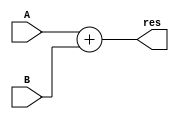
`timescale 1ns / 1ps
//////////////////////////////////////////////////////////////////////////////////
// Company: 
// Engineer: 
// 
// Design Name: 
// Module Name:    adder_32 
// Project Name: 
// Target Devices: 
// Tool versions: 
// Description: 
//
// Dependencies: 
//
// Revision: 
// Revision 0.01 - File Created
// Additional Comments: 
//
//////////////////////////////////////////////////////////////////////////////////
module adder_32(A, B, res);
	input wire[31:0] A, B;
	output wire[31:0] res;
	
	assign res = A + B;
endmodule